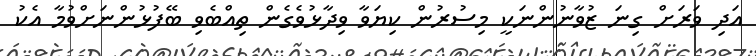
އަދި ވަރަށް ގިނަ ޒުވާނުންނަކީ މިސުރުން ކިޔަވާ ވިދާޅުވެގެން ތިއްބެވި ބޭފުޅުންނަށްވުމާ އެކު